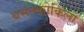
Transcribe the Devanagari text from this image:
बसंतकोकिला